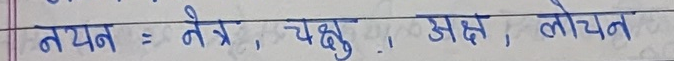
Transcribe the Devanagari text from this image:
नयन = नेत्र , चक्षु , अक्ष , लोचन